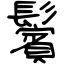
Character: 鬢